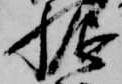
振